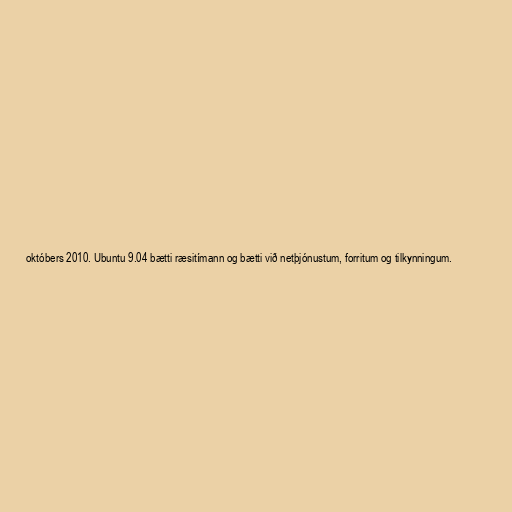
októbers 2010. Ubuntu 9.04 bætti ræsitímann og bætti við netþjónustum, forritum og tilkynningum.